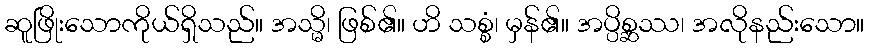
ဆူဖြိုးသောကိုယ်ရှိသည်။ အသ္မိ၊ ဖြစ်၏။ ဟိ သစ္စံ၊ မှန်၏။ အပ္ပိစ္ဆဿ၊ အလိုနည်းသော။